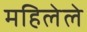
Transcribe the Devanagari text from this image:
महिलेले